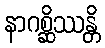
နာဂစ္ဆိဿန္တိ